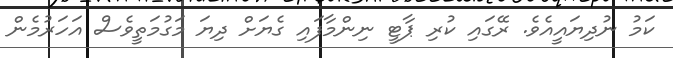
ކަމު ނުދިޔައީއެވެ. ރޭގައި ކުރި ޕާޓީ ނިންމާފައި ގެޔަށް ދިޔަ މަގުމަތީވެސް އަހަރުމެން